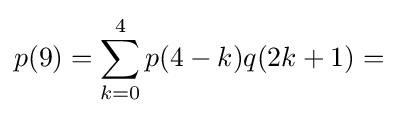
p(9)=\sum _{k=0}^{4}p(4-k)q(2k+1)=